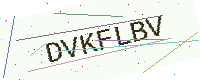
Text: DVKFLBV